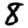
Digit: 8